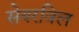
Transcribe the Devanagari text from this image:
सेयरविल